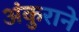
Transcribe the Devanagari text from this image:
अंकुराने